Scottish Leaving Certificate Examination, 1956
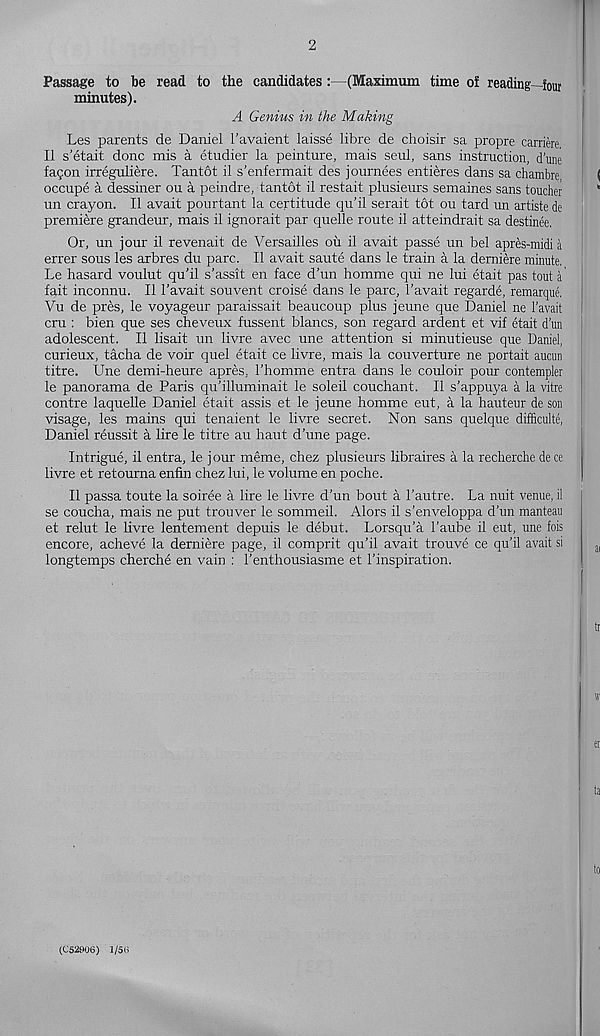
2
Passage to be
minutes).
read to the candidates :—(Maximum time of reading—four
A Genius in the Making
Les parents de Daniel 1'avaient laisse libre de choisir sa propre carriere
II s’etait done mis a etudier la peinture, mais seul, sans instruction, dune
fa$on irreguliere. Tantot il s’enfermait des journees entieres dans sa chambre
occupe a dessiner ou a peindre, tantot il restait plusieurs semaines sans toucher
un crayon. Il avait pourtant la certitude qu'il serait tot ou tard un artiste de
premiere grandeur, mais il ignorait par quelle route il atteindrait sa destinee.
Or, un jour il revenait de Versailles ou il avait passe un bel apr&s-midi a
errer sous les arbres du pare. Il avait saute dans le train a la derniere minute.
Le hasard voulut qu’il s’assit en face d’un homme qui ne lui etait pas tout a'
fait inconnu. Il 1'avait souvent croise dans le pare, 1’avait regarde, remarque.
Vu de pres, le voyageur paraissait beaucoup plus jeune que Daniel ne 1'avait
cru : bien que ses cheveux fussent blancs, son regard ardent et vif etait d’un
adolescent. Il lisait un livre avec une attention si minutieuse que Daniel,
curieux, tacha de voir quel etait ce livre, mais la couverture ne portait aucun
titre. Une demi-heure apres, Thomme entra dans le couloir pour contempler
le panorama de Paris qu’illuminait le soleil couchant. Il s’appuya a la vitre
contre laquelle Daniel etait assis et le jeune homme eut, a la hauteur de son
visage, les mains qui tenaient le livre secret. Non sans quelque difficulte,
Daniel reussit a lire le titre au haut d’une page.
Intrigue, il entra, le jour meme, chez plusieurs libraires a la recherche de ce
livre et retourna eniin chez lui, le volume en poche.
Il passa toute la soiree a lire le livre d’un bout a 1’autre. La nuit venue, il
se coucha, mais ne put trouver le sommeil. Alors il s’enveloppa d’un manteau
et relut le livre lentement depuis le debut. Lorsqu’a 1’aube il eut, une fois
encore, acheve la derniere page, il comprit qu’il avait trouve ce qu’il avait si
longtemps cherche en vain : 1’enthousiasme et 1’inspiration.
(C 5290 6) 1/50